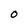
Character: 0